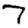
Digit: 7